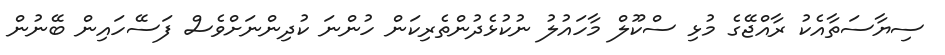
ސިޔާސަތާއެކު ރާއްޖޭގެ މުޅި ސްކޫލް މާހައުލު ނުކުޅެދުންތެރިކަން ހުންނަ ކުދިންނަށްވެސް ފަސޭހައިން ބޭނުން